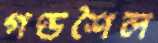
গণ্ডশৈল